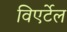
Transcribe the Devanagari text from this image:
विएर्टेल